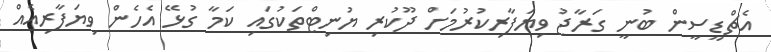
އެޗްޑީސީން ބުނީ ގަރާޖު ވިޔަފާރިކުރުމަށް ދޫކުރި ޔުނިޓްތަކުގައި ކަމާ ގުޅޭ އެހެން ވިޔަފާރިއެއް